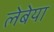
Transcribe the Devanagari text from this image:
लेबेया